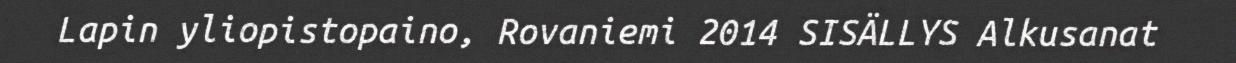
Lapin yliopistopaino, Rovaniemi 2014 SISÄLLYS Alkusanat